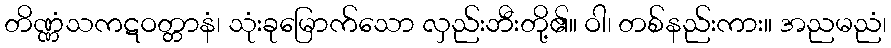
တိဏ္ဏံသကဋဝတ္တာနံ၊ သုံးခုမြောက်သော လှည်းဘီးတို့၏။ ဝါ၊ တစ်နည်းကား။ အညမညံ၊